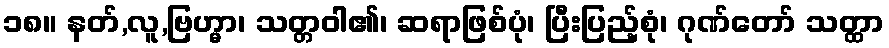
၁၈။ နတ်,လူ,ဗြဟ္မာ၊ သတ္တဝါ၏၊ ဆရာဖြစ်ပုံ၊ ပြီးပြည့်စုံ၊ ဂုဏ်တော် သတ္ထာ